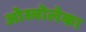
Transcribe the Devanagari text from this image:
ओस्त्रोलेका